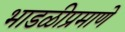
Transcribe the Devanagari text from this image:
भाडळीप्रमाणे